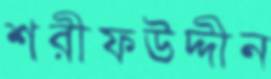
শরীফউদ্দীন